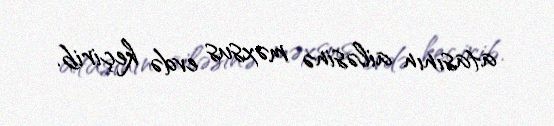
atasının ailəsinə məxsus evdə keçirib.